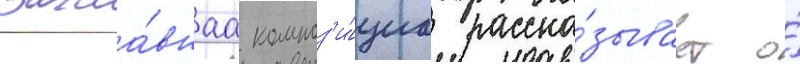
Загла́внаа композ'и́циа расска́зывает о́